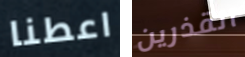
اعطنا القذرين